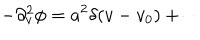
- \partial _ { v } ^ { 2 } \phi = a ^ { 2 } \delta ( v - v _ { 0 } ) + \cdots